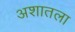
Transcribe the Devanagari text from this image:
अशातला